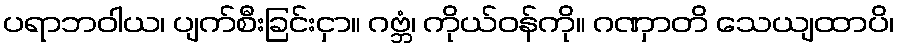
ပရာဘဝါယ၊ ပျက်စီးခြင်းငှာ။ ဂဗ္ဘံ၊ ကိုယ်ဝန်ကို။ ဂဏှာတိ သေယျထာပိ၊